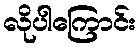
လိုပါကြောင်း